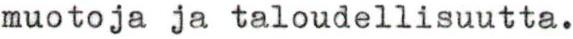
muotoja ja taloudellisuutta.